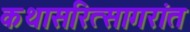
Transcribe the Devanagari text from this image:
कथासरित्सागरांत